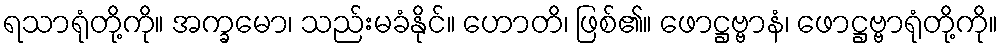
ရသာရုံတို့ကို။ အက္ခမော၊ သည်းမခံနိုင်။ ဟောတိ၊ ဖြစ်၏။ ဖောဋ္ဌဗ္ဗာနံ၊ ဖောဋ္ဌဗ္ဗာရုံတို့ကို။